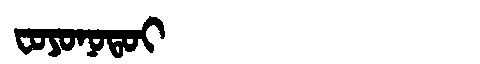
Manchu: ᠸᠣᠶᠣᠨᠣᡨᠣᡳ
Romanization: FOYONOTOI